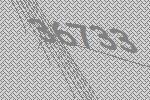
36733